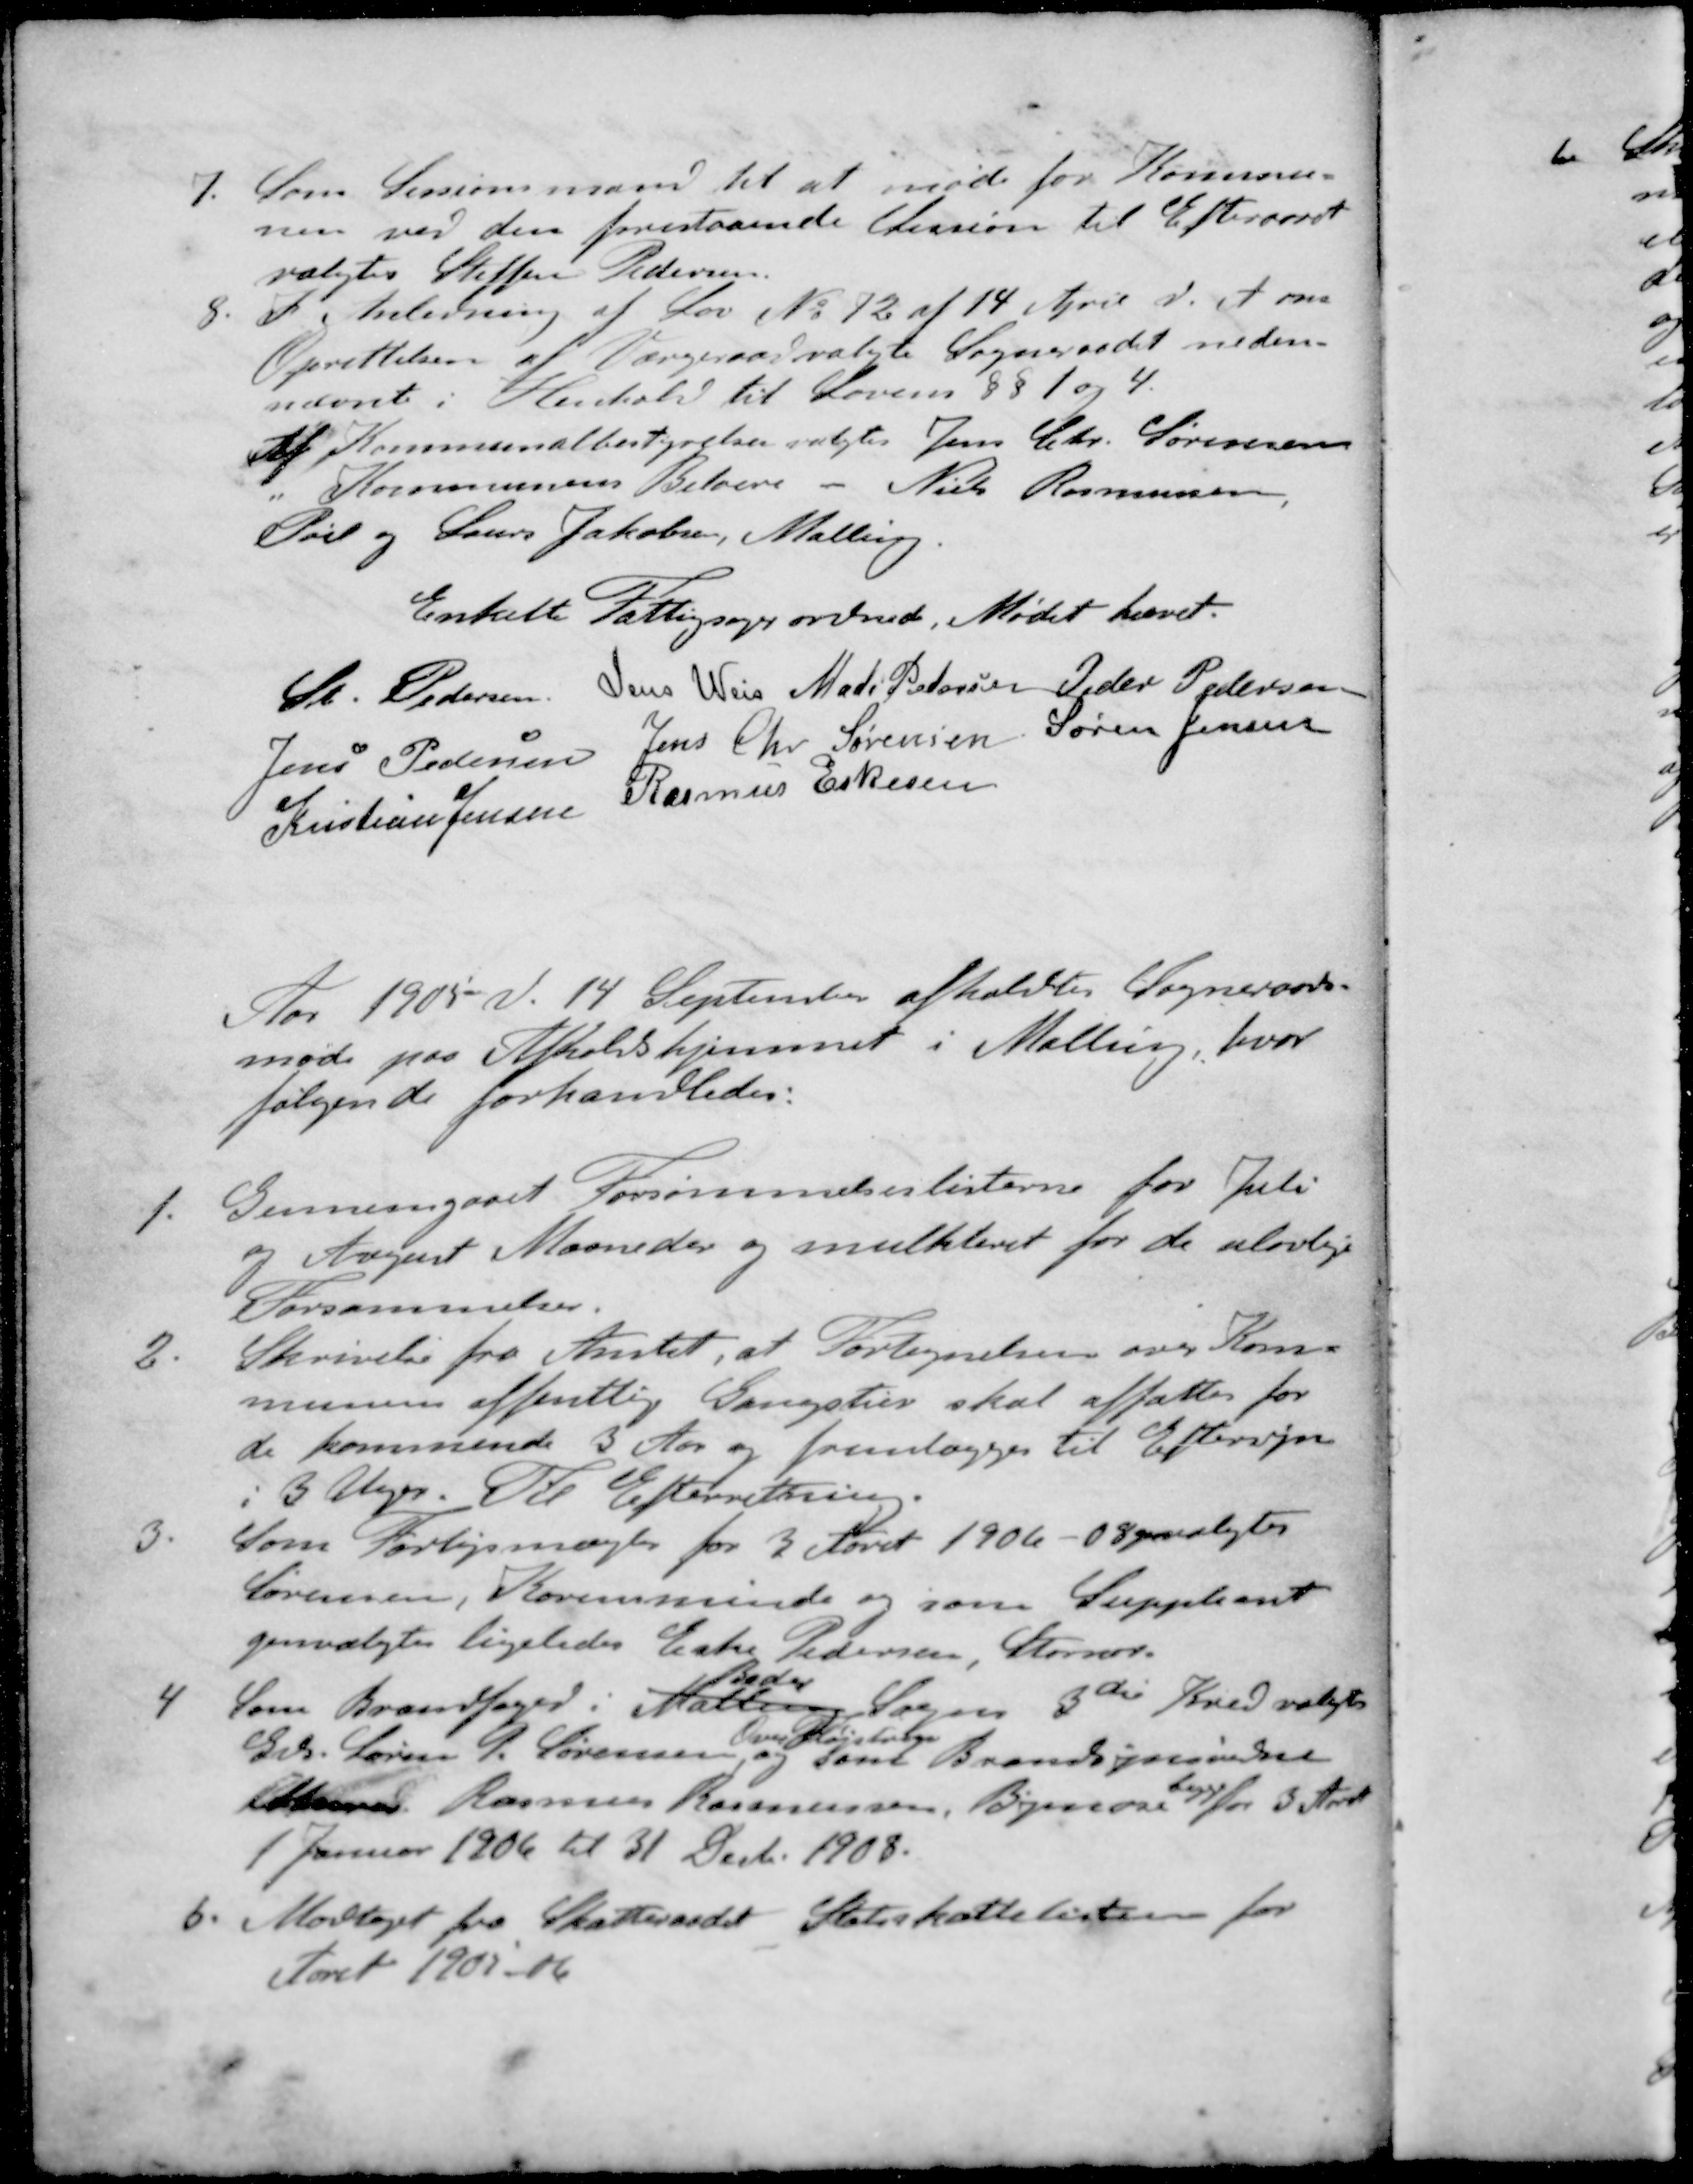
Transskription:
7. Som Sessionsmand til at møde for Kommu-
nen ved den forestaaende Session til Efteraaret
valgtes Steffen Pedersen
8. I Anledning af Lov No 72 af 14 April d. A. om
Oprettelsen af Værgeraad valgte Sogneraadet neden-
nævnte i Henhold til Lovens § § 1 og 4.
Af Kommunalbestyrelsen valgtes Jens Chr. Sørensen
" Kommunens Beboere - Niels Rasmussen
Pøel og Laurs Jakobsen, Malling
Enkelte Fattigsager ordnede Mødet hævet.
St. Pedersen
Jens Weis
Mads Pedersen
Peder Pedersen
Jens Pedersen
Jens Chr Sørensen
Søren Jensen
Kristian Jensen
Rasmus Eskesen
Aar 1905 d. 14 September afholdtes Sogneraads-
møde paa Afholdshjemmet i Malling, hvor
følgende forhandledes:
1. Gennemgaaet Forsømmelseslisterne for Juli
og August Maaneder og mulkteret for de ulovlige
Forsømmelser.
2. Skrivelse fra Amtet, at Fortegnelsen over Kom-
munens offentlige Gangstier skal affattes for
de kommende 3 Aar og fremlægges til Eftersyn
i 3 Uger. Til Efterretning.
3. Som Forligsmægler for 3 Aaret 1906-08 valgtes
Sørensen, Karensminde og som Suppleant
genvalgtes ligeledes Eske Pedersen, Stornor
Beder
4. Som Brandfoged i Malling Sogns 3de Kred valgtes
Over Fløjstrup
Grd. Søren P. Sørensen, og som Brandsynvidne
 Rasmus Rasmussen, Byenose begge for 3 Aar
1 Januar 1906 til 31 Decb. 1908.
6. Modtaget fra Skatteraadet Statsskattelisterne for
Aaret 1905-06